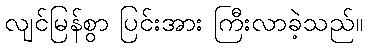
လျင်မြန်စွာ ပြင်းအား ကြီးလာခဲ့သည်။